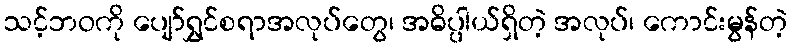
သင့်ဘဝကို ပျော်ရွှင်စရာအလုပ်တွေ၊ အဓိပ္ပါယ်ရှိတဲ့ အလုပ်၊ ကောင်းမွန်တဲ့